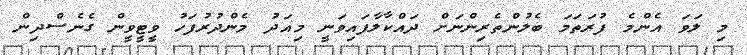
މި ލަވަ އެންމެ ފުރަތަމަ ބެލުންތެރިންނަށް ދައްކާލާފައިވަނީ މިއަދު މެންދުރުފަހު ވީޓީވީން ގެނެސްދިން